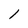
Character: 1